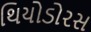
થિયોડોરસ